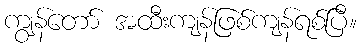
ကျွန်တော် အထီးကျန်ဖြစ်ကျန်ရစ်ပြီ။